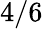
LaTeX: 4/6